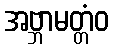
အဗ္ဘာမတ္တံဝ